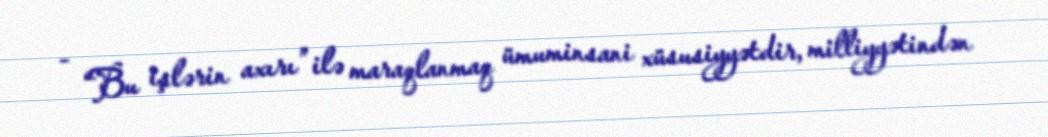
- “Bu işlərin axırı” ilə maraqlanmaq ümuminsani xüsusiyyətdir, milliyyətindən